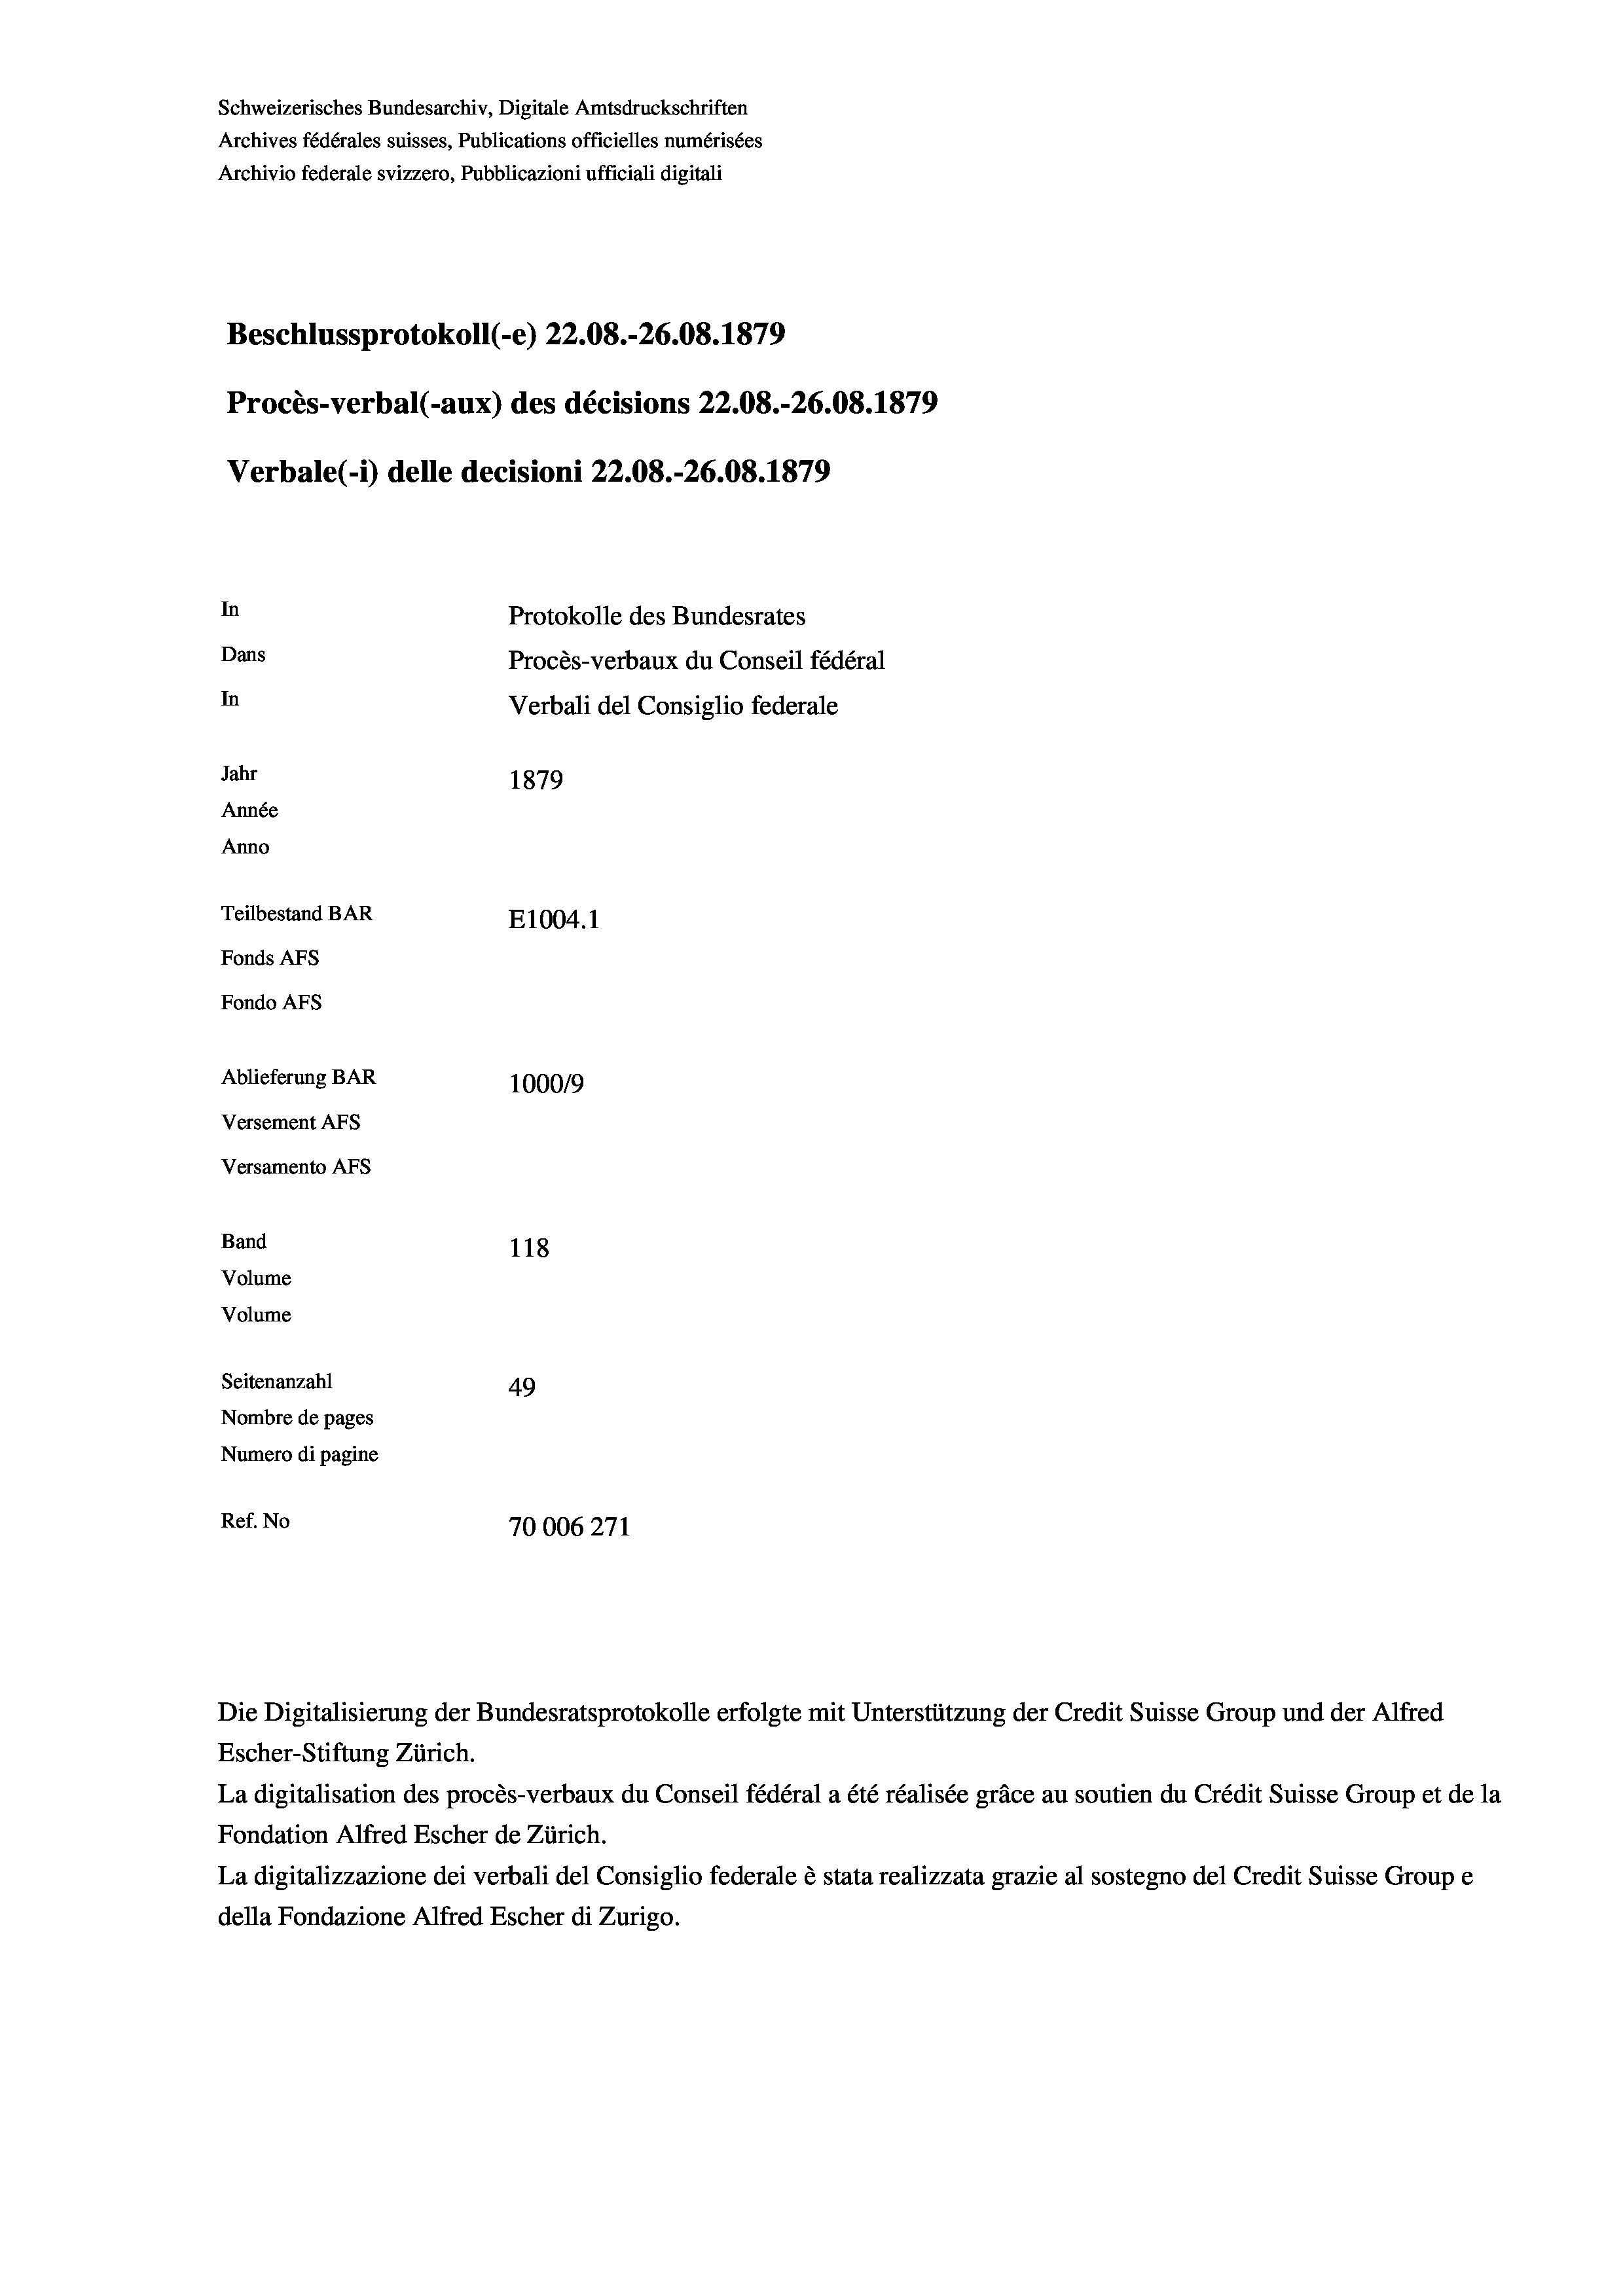
Schweizerisches Bundesarchiv, Digitale Amtsdruckschriften
Archives fédérales suisses, Publications officielles numérisées
Archivio federale svizzero, Pubblicazioni ufficiali digitali
Beschlussprotokoll (-e) 22.08.-26.08. 1879
Procès-verbal (-aux) des décisions 22.08.-26.08. 1879
Verbale (- 1) delle decisioni 22.08.-26.08. 1879
In
Protokolle des Bundesrates
Dans
Procès-verbaux du Conseil fédéral
In
Verbali del Consiglio federale
Jahr
1879
Année
Anno
Teilbestand BAR
E1004.1
Fonds AFs
Fondo AFS
Ablieferung BAR
100019
Versement AFs
Versamento Afs
Band
118
Volume
Volume

Seitenanzahl
49
Nombre de pages
Numero di pagine
Ref. No
70006271

Die Digitalisierung der Bundesratsprotokolle erfolgte mit Unterstützung der Credit Suisse Group und der Alfred
Escher-Stiftung Zürich.
La digitalisation des procès-verbaux du Conseil fédéral a été réalisée gräce au soutien du Crédit Suisse Group et de la
Fondation Alfred Escher de Zürich.
La digitalizzazione dei verbali del Consiglio federale è stata realizzata grazie al sostegno del Credit Suisse Groupe
della Fondazione Alfred Escher di Zurigo.